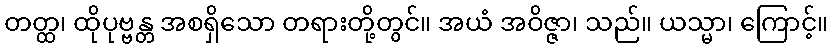
တတ္ထ၊ ထိုပုဗ္ဗန္တ အစရှိသော တရားတို့တွင်။ အယံ အဝိဇ္ဇာ၊ သည်။ ယသ္မာ၊ ကြောင့်။